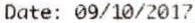
DATE: 09/10/2017